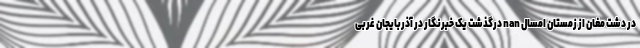
در دشت مغان از زمستان امسال nan درگذشت یک خبرنگار در آذربایجان غربی